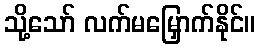
သို့သော် လက်မမြှောက်နိုင်။